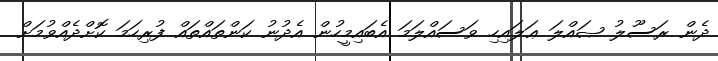
ދެން ރަސޫލު ޞައްލަ ޢަލައިހި ވަސައްލަމަ އެބައިމީހުން އެދުނު ކަންތައްތައް ފުރިހަމަ ކޮށްދެއްވުމަށް